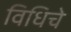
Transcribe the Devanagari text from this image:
विधिचे